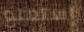
إستمتع